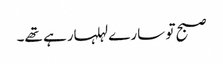
صبح تو سارے لہلہارہے تھے۔